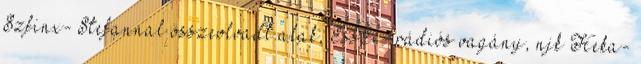
Szfinx- Stefannal összeolvadt alak, EssEx- rádiós vagány, njk Heka-